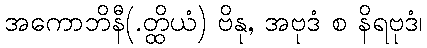
အကောဘိနီ(.တ္ထိယံ) ဗိနု, အဗုဒံ စ နိရဗုဒံ၊